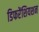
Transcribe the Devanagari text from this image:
डिफरेंशियशन